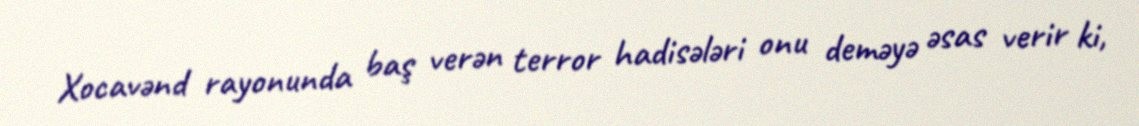
Xocavənd rayonunda baş verən terror hadisələri onu deməyə əsas verir ki,